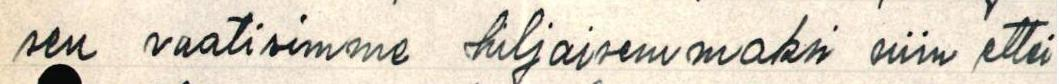
sen vaatisimme hiljaisemmaksi niin ettei